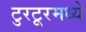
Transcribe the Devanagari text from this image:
टुरटूरमध्ये